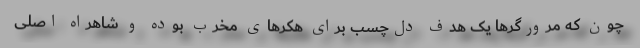
چون‌ که مرورگرها یک هدف دل‌چسب برای هکرهای مخرب بوده و شاهراه اصلی